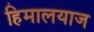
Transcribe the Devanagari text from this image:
हिमालयाज